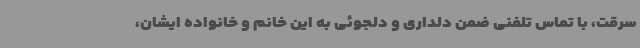
سرقت، با تماس تلفنی ضمن دلداری و دلجوئی به این خانم و خانواده ایشان،